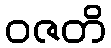
ဝဇတိ